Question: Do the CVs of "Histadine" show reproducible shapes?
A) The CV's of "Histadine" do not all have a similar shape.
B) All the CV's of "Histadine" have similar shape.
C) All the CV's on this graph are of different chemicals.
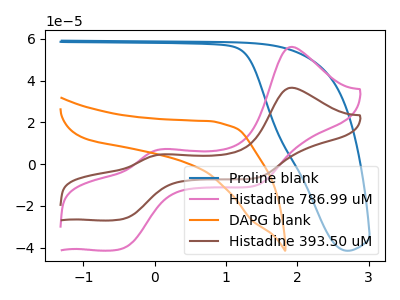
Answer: <think>The blue curve "Proline blank" has no peaks. The pink curve "Histadine 786.99 uM" has anodic peaks at (1.90V, 56.15uA) (0.10V, 7.15uA) and cathodic peaks at (-0.45V, -40.35uA) (1.40V, -10.15uA). The orange curve "DAPG blank" has no peaks. The brown curve "Histadine 393.50 uM" has anodic peaks at (1.90V, 36.60uA) (0.10V, 4.65uA) and cathodic peaks at (-0.45V, -26.30uA) (1.40V, -6.60uA).
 "Proline blank" and "Histadine 786.99 uM" have a different number of peaks. Neither "Proline blank" or "DAPG blank" have any peaks. "Proline blank" and "Histadine 393.50 uM" have a different number of peaks. "Histadine 786.99 uM" and "DAPG blank" have a different number of peaks. All the peaks in "Histadine 786.99 uM" have a peak in "Histadine 393.50 uM" at the same potential. Every peak in "Histadine 786.99 uM" is higher than every peak in "Histadine 393.50 uM". "DAPG blank" and "Histadine 393.50 uM" have a different number of peaks.</think>
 <answer>B) All the CV's of "Histadine" have similar shape.</answer>
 <eval>B</eval>